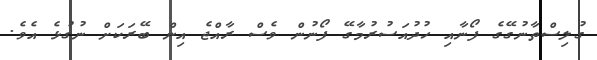
ގުލިސްތާނުގޭގެ ފޯނާއި ހުދުއަސުރުމާގޭ ފޯނުން ވެސް ރާއްޖެ އިން ބޭރަކަށް ނުގުޅެ އެވެ.